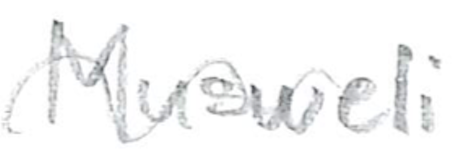
Text: Muswell
Cross-out: wave
Writing tool: pencil